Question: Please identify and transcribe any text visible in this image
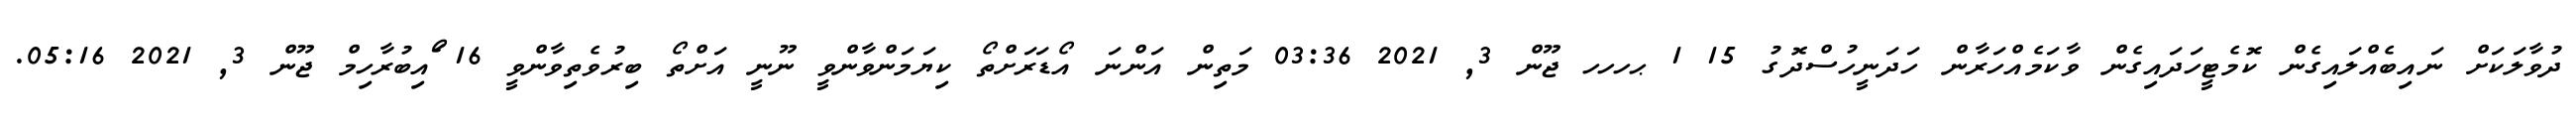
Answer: ދުވާލަކަށް ނައިބެއްލައިގެން ކޮމެޓީހަދައިގެން ވާކަމެއްހަރާން ހަދަނީހުސްދޮގު 15 1 ޙހހހ ޖޫން 3, 2021 03:36 މަތިން އަންނަ އޯޑަރަށްތޯ ކިޔަމަންވާންވީ ނޫނީ އަށްތޯ ބިރުވެތިވާންވީ 16 ޯައިބުރާހިމް ޖޫން 3, 2021 05:16.